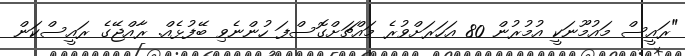
"ރައީސް މައުމޫނަކީ އުމުރުން 80 އަހަރަށްވުރެ މައްޗަށްގޮސްފަ ހުންނެވި ބޭފުޅެއް. ރާއްޖޭގެ ރައީސްކަން